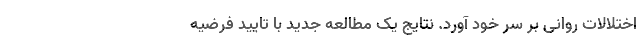
اختلالات روانی بر سر خود آورد. نتایج یک مطالعه جدید با تایید فرضیه